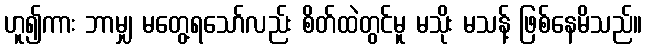
ဟူ၍ကား ဘာမျှ မတွေ့ရသော်လည်း စိတ်ထဲတွင်မူ မသိုး မသန့် ဖြစ်နေမိသည်။